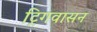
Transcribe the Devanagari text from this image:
ट्रिगवासन